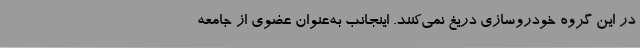
در اين گروه خودروسازي دريغ نمي‌­كنند. اينجانب به‌عنوان عضوي از جامعه